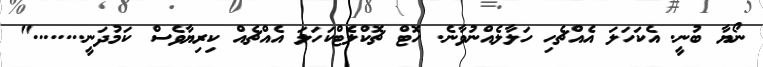
ނޯޔާ ބުނީ. އެކަހަލަ އެއްޗެހި ހަލާލެއްނުވާނެ. ހޮޓް ޗޮކްލެޓްކަހަލަ އެއްޗެއް ކިރިޔާވެސް ކަމުދަނީ........"